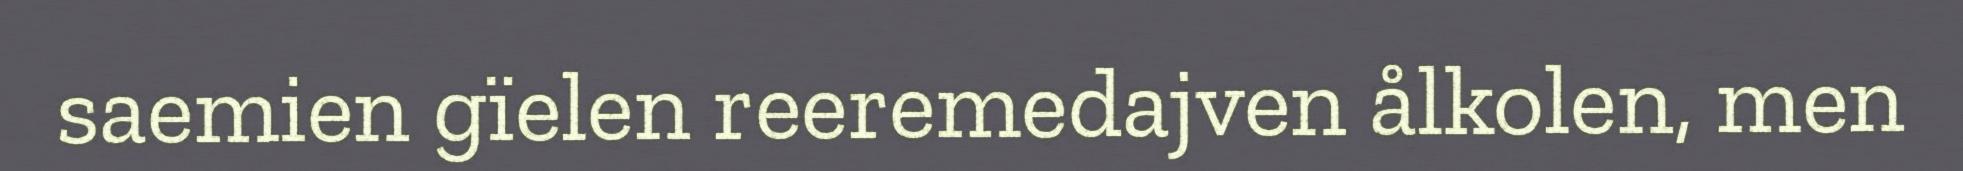
saemien gïelen reeremedajven ålkolen, men